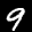
Label: 9